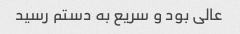
عالی بود و سریع به دستم رسید